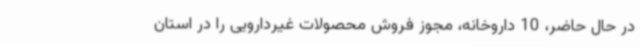
در حال حاضر، 10 داروخانه، مجوز فروش محصولات غیردارویی را در استان